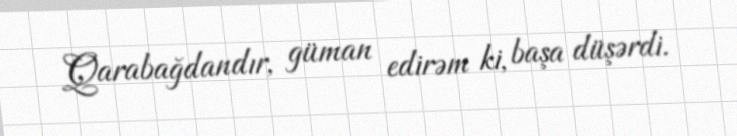
Qarabağdandır, güman edirəm ki, başa düşərdi.